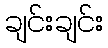
ချင်းချင်း